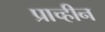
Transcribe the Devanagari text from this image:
प्राच्हीन